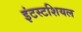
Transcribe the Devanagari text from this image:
इंटस्टशियल